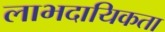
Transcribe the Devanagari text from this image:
लाभदायिकता